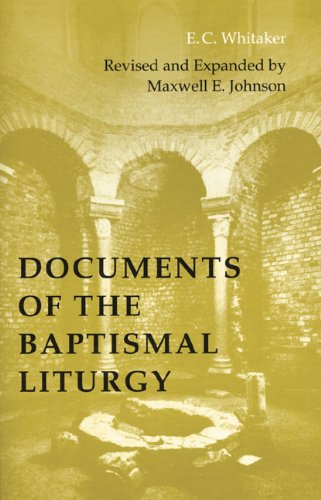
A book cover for Documents of the Baptismal Liturgy: Revised and Expanded Edition (Pueblo Books); E. C. Whitaker; Christian Books & Bibles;